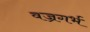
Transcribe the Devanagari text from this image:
वज्रगर्भ